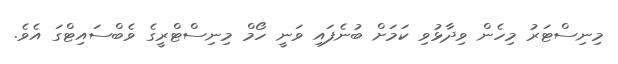
މިނިސްޓަރު މިހެން ވިދާޅުވި ކަމަށް ބުނެފައި ވަނީ ހޯމް މިނިސްޓްރީގެ ވެބްސައިޓްގަ އެވެ.